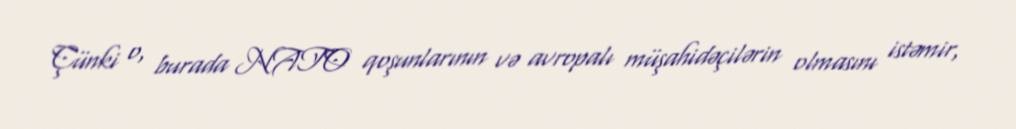
Çünki o, burada NATO qoşunlarının və avropalı müşahidəçilərin olmasını istəmir,